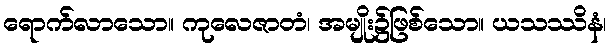
ရောက်လာသော။ ကုလေဇာတံ၊ အမျိုး၌ဖြစ်သော။ ယသဿိနံ၊